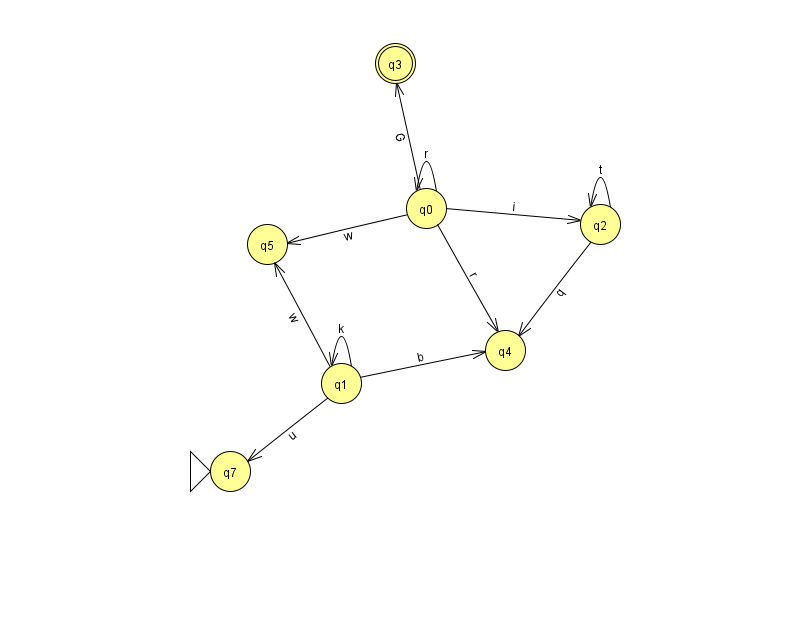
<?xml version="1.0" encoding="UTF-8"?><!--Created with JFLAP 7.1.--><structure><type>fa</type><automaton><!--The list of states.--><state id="0" name="q0"><x>426.0</x><y>195.0</y></state><state id="1" name="q1"><x>341.0</x><y>370.0</y></state><state id="2" name="q2"><x>600.0</x><y>211.0</y></state><state id="3" name="q3"><x>395.0</x><y>50.0</y><final/></state><state id="4" name="q4"><x>505.0</x><y>337.0</y></state><state id="5" name="q5"><x>267.0</x><y>231.0</y></state><state id="7" name="q7"><x>230.0</x><y>458.0</y><initial/></state><!--The list of transitions.--><transition><from>1</from><to>4</to><read>b</read></transition><transition><from>1</from><to>7</to><read>u</read></transition><transition><from>0</from><to>0</to><read>r</read></transition><transition><from>2</from><to>2</to><read>t</read></transition><transition><from>0</from><to>5</to><read>w</read></transition><transition><from>0</from><to>4</to><read>r</read></transition><transition><from>1</from><to>1</to><read>k</read></transition><transition><from>0</from><to>3</to><read>G</read></transition><transition><from>2</from><to>4</to><read>q</read></transition><transition><from>1</from><to>5</to><read>w</read></transition><transition><from>0</from><to>2</to><read>i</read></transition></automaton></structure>